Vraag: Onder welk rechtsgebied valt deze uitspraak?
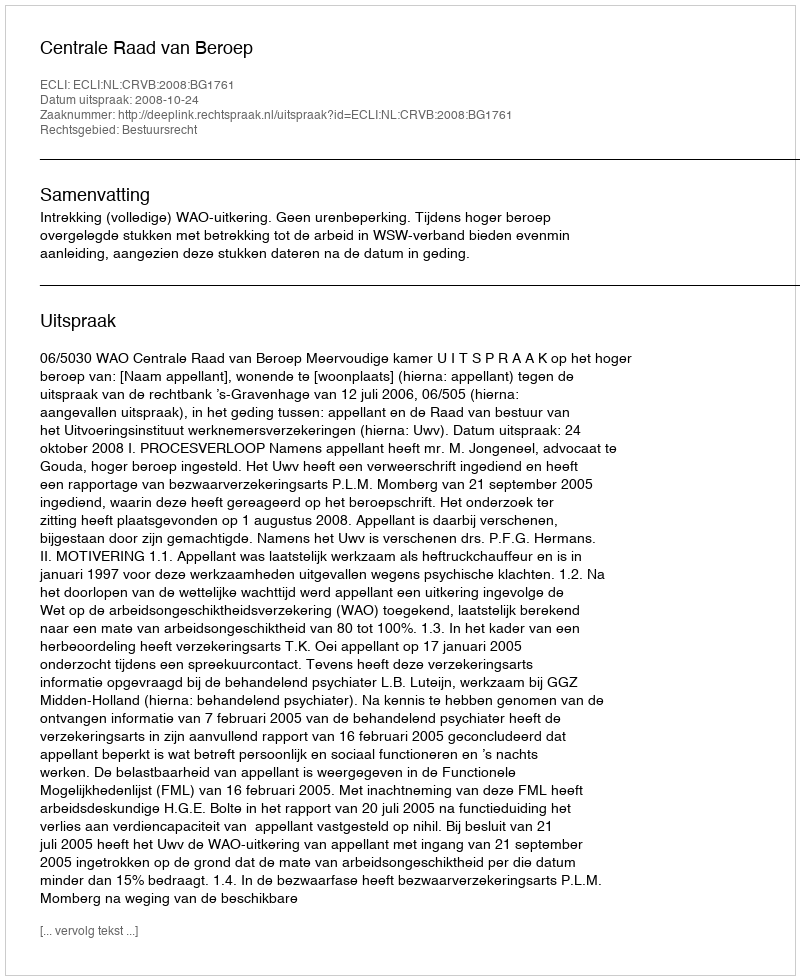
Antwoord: Bestuursrecht